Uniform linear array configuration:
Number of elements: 32
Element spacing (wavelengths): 1
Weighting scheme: uniform
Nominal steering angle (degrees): -30
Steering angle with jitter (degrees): -31.468
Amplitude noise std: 0.05
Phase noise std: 0.05

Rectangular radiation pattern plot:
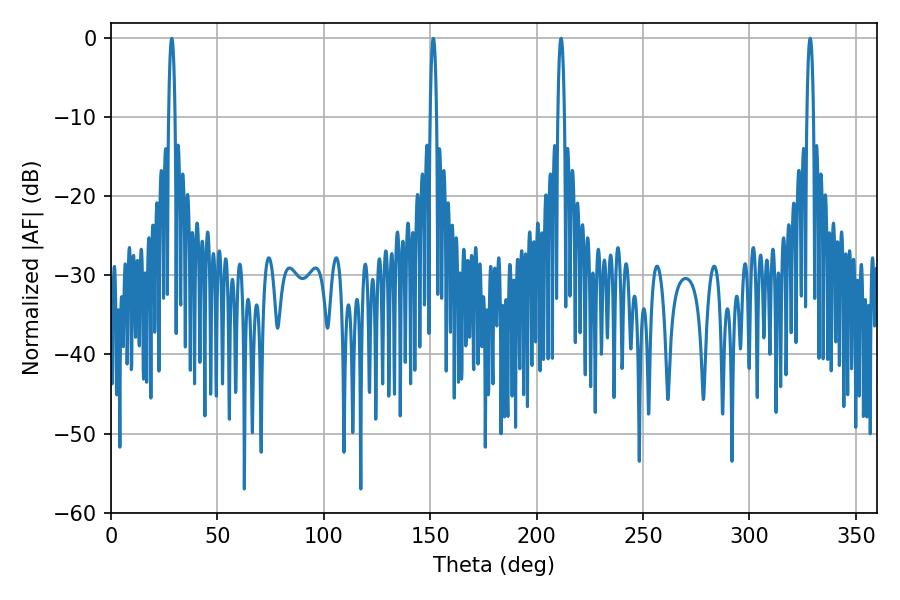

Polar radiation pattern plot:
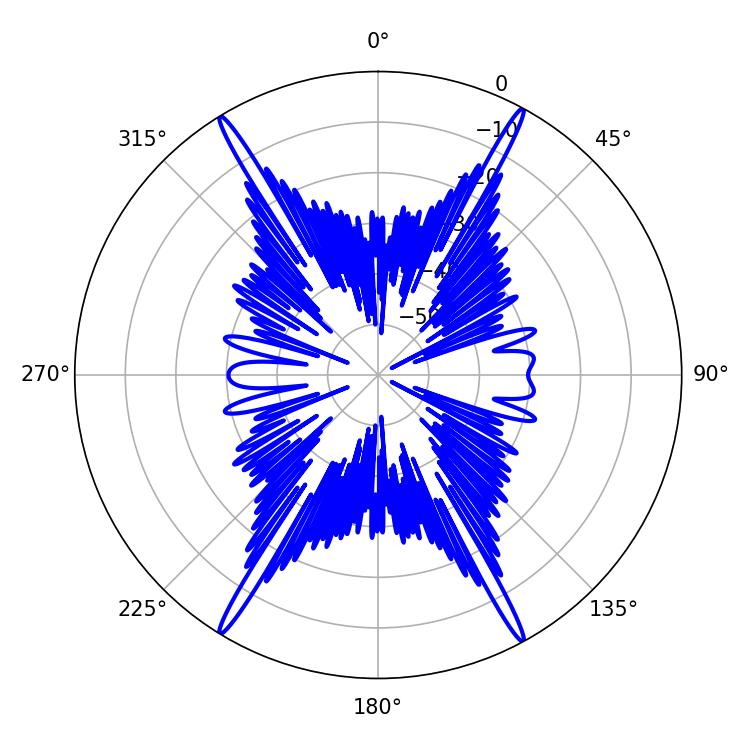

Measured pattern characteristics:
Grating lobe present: TRUE
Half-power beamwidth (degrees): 1.8
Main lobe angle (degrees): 328.5